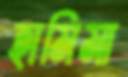
হামিমা